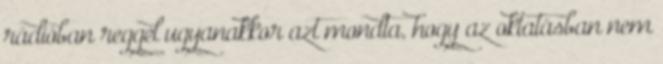
rádióban reggel ugyanakkor azt mondta, hogy az oktatásban nem